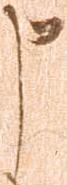
申